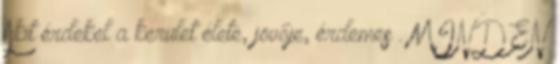
Akit érdekel a kerület élete, jövője, érdemes . MINDEN